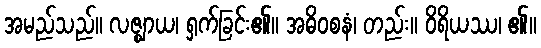
အမည်သည်။ လဇ္ဈာယ၊ ရှက်ခြင်း၏။ အဓိဝစနံ၊ တည်း။ ဝိရိယဿ၊ ၏။